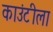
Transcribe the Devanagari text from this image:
काउंटीला